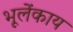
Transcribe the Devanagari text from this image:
भूलेंकाय